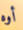
أوه